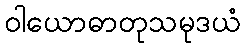
ဝါယောဓာတုသမုဒယံ